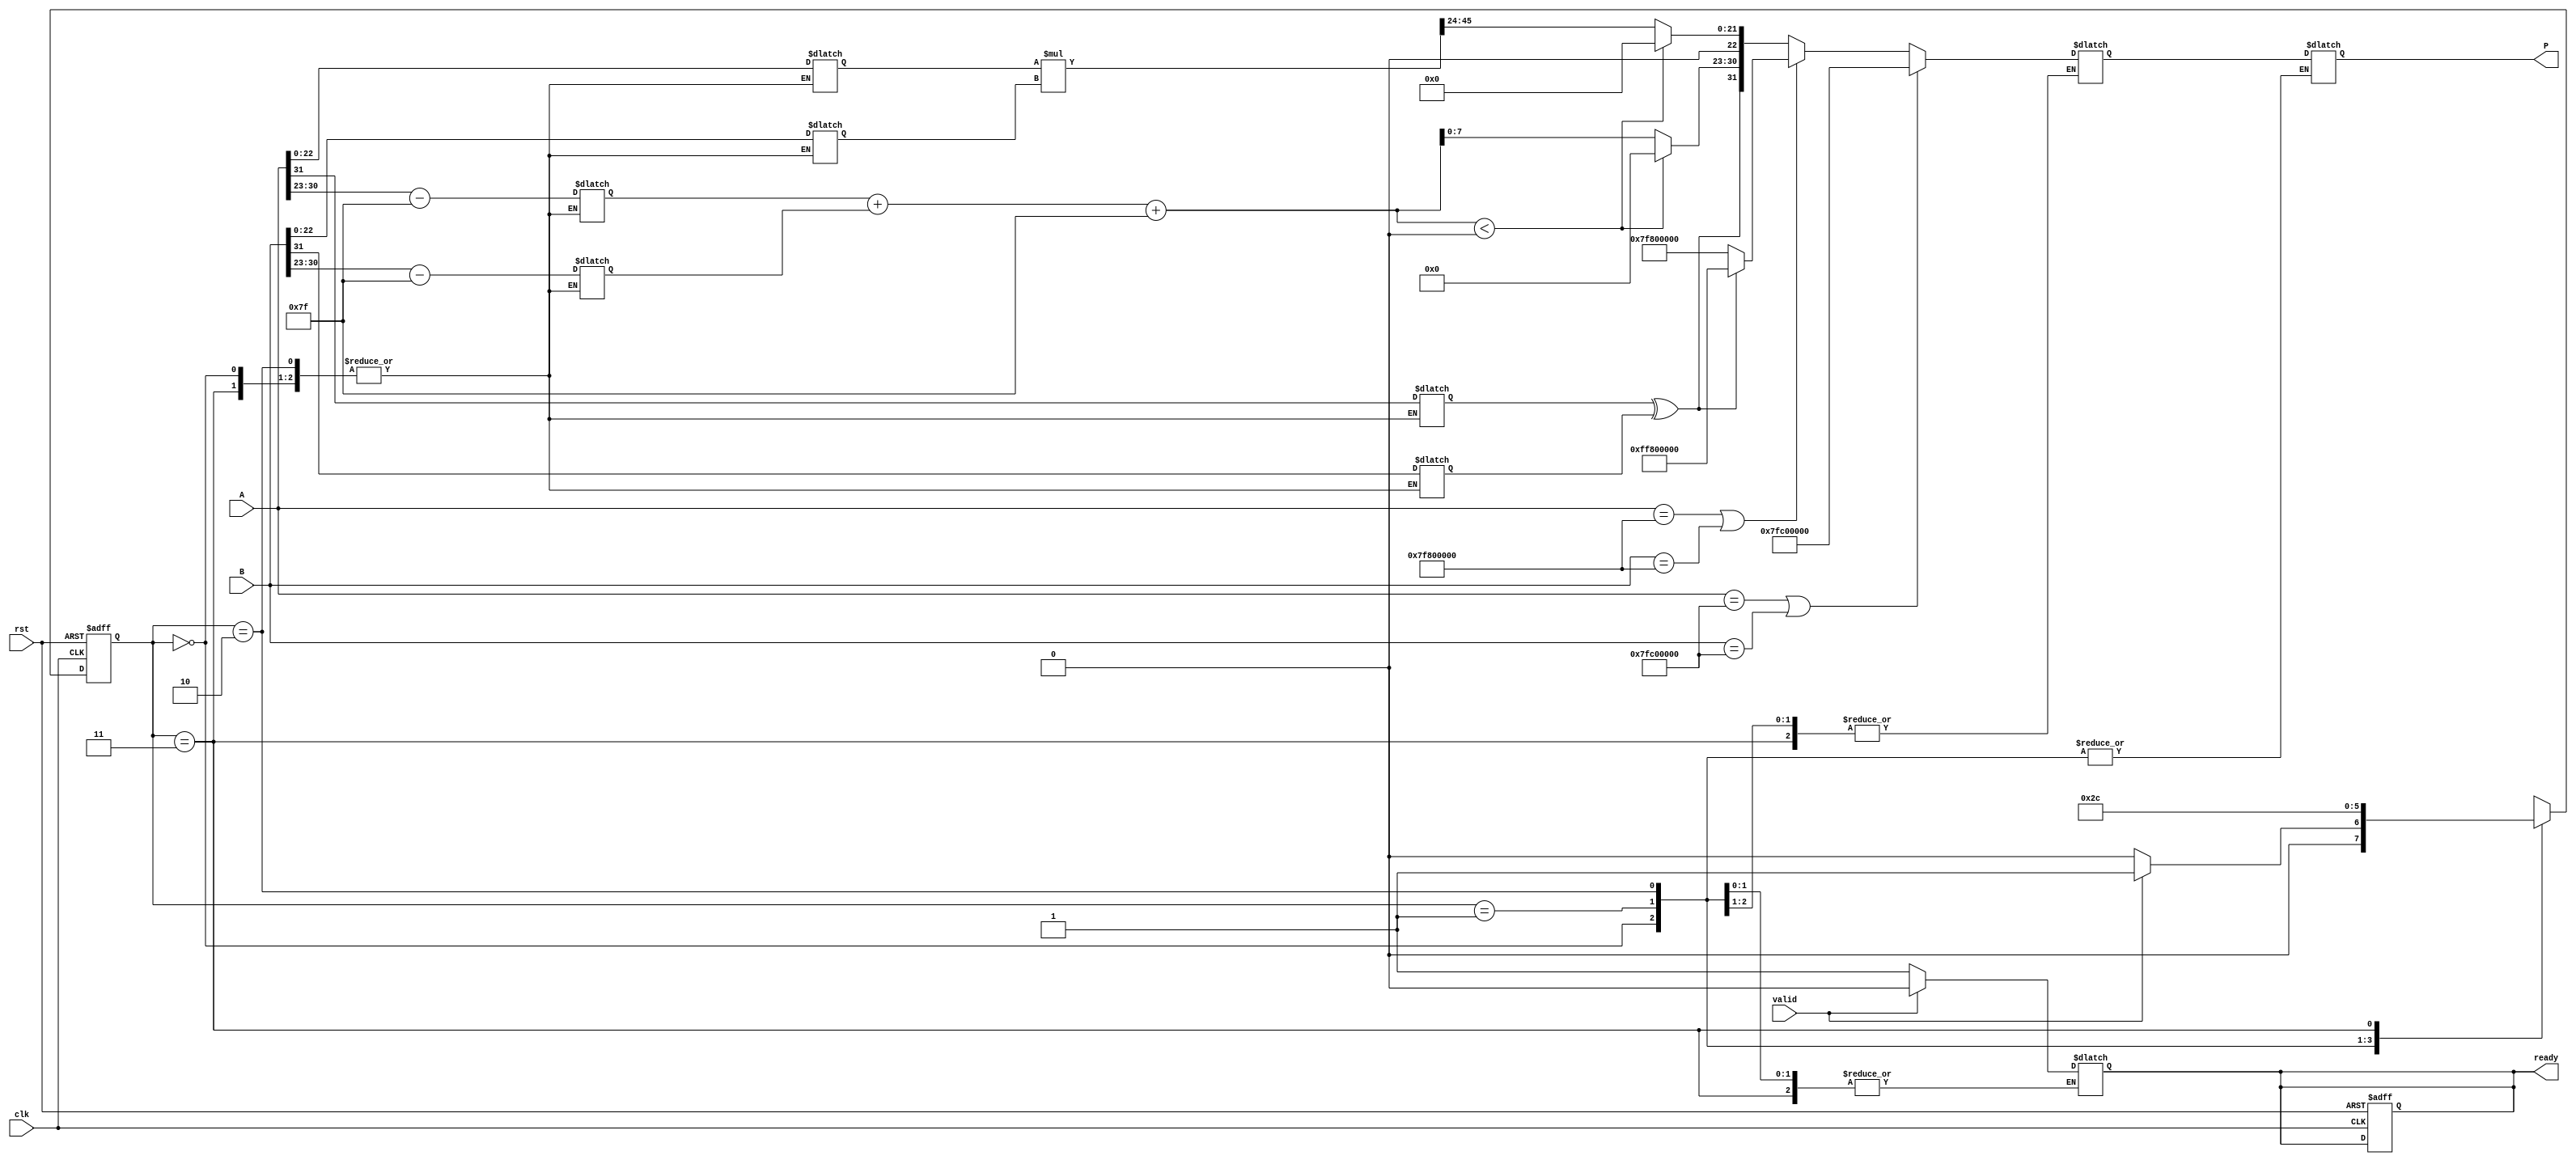
module fp_multiplier (
    input clk,
    input rst,
    input [31:0] A, // First floating-point input
    input [31:0] B, // Second floating-point input
    output reg [31:0] P, // Output product
    input valid, // Input valid signal
    output reg ready // Output ready signal
);

    // Internal registers
    reg [7:0] exp_a, exp_b, exp_out;
    reg [22:0] mant_a, mant_b, mant_out;
    reg sign_a, sign_b, sign_out;
    reg [47:0] mant_product; // For product mantissa (23 + 23 = 46 bits + 1 for implicit bit)
    reg [8:0] exp_sum; // To hold sum of exponents
    reg [4:0] round_bit; // Rounding bit
    reg [1:0] state; // FSM state
    reg [1:0] next_state; // Next state for FSM
    reg [31:0] product; // Final product

    // State Definitions
    parameter IDLE = 2'b00;
    parameter EXTRACT = 2'b01;
    parameter MULTIPLY = 2'b10;
    parameter OUTPUT = 2'b11;

    // FSM for controlling the pipeline stages
    always @(posedge clk or posedge rst) begin
        if (rst) begin
            state <= IDLE;
            ready <= 1;
        end else begin
            state <= next_state;
        end
    end

    always @(*) begin
        case (state)
            IDLE: begin
                if (valid) begin
                    next_state = EXTRACT;
                    ready = 0;
                end else begin
                    next_state = IDLE;
                    ready = 1;
                end
            end
            
            EXTRACT: begin
                // Extract sign, exponent, and mantissa
                sign_a = A[31];
                exp_a = A[30:23] - 8'd127; // Unbiased exponent
                mant_a = {1'b1, A[22:0]}; // Implicit leading 1

                sign_b = B[31];
                exp_b = B[30:23] - 8'd127; // Unbiased exponent
                mant_b = {1'b1, B[22:0]}; // Implicit leading 1

                next_state = MULTIPLY;
            end
            
            MULTIPLY: begin
                // Multiply mantissas
                mant_product = mant_a * mant_b;
                exp_sum = exp_a + exp_b + 8'd127; // Add bias back to exponent

                // Rounding logic
                round_bit = mant_product[24:20]; // Check rounding bits
                mant_out = mant_product[46:24]; // Take the upper 23 bits

                // Handle overflow
                if (mant_product[47]) begin
                    mant_out = mant_product[46:24]; // Shift right
                    exp_sum = exp_sum + 1; // Increment exponent
                end

                // Handle underflow
                if (exp_sum < 0) begin
                    mant_out = 0;
                    exp_sum = 0;
                end

                // Handle NaN and Inf
                if (A == 32'h7FC00000 || B == 32'h7FC00000) begin
                    product = 32'h7FC00000; // NaN
                end else if (A == 32'h7F800000 || B == 32'h7F800000) begin
                    product = (sign_a ^ sign_b) ? 32'hFF800000 : 32'h7F800000; // Inf
                end else begin
                    sign_out = sign_a ^ sign_b; // Calculate output sign
                    product = {sign_out, exp_sum[7:0], mant_out[22:0]};
                end

                next_state = OUTPUT;
            end
            
            OUTPUT: begin
                // Output the product
                P = product;
                next_state = IDLE;
            end

            default: next_state = IDLE;
        endcase
    end

endmodule